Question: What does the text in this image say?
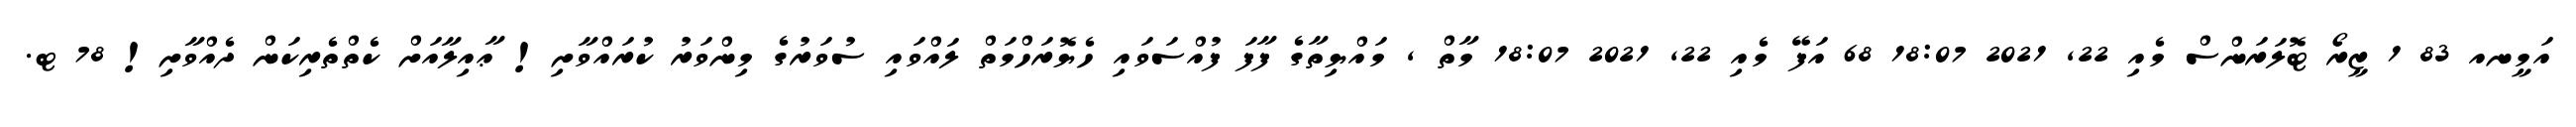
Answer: އަމީނއ 83 1 ޒީރޯ ޓޮލަރަންސް މެއި 22, 2021 18:07 68 އަފޭ މެއި 22, 2021 18:07 މާތް , މައްޔިތާގެ ފާފަ ފުއްސަވައި ހެޔޮރަހްމަތް ލައްވައި ސުވަރުގެ މިންވަރު ކުރައްވާށި! ޢާއިލާއަށް ކެތްތެރިކަން ދެއްވާށި! 78 ޓ.